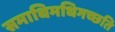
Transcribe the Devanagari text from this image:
समाधिमधिगच्छति